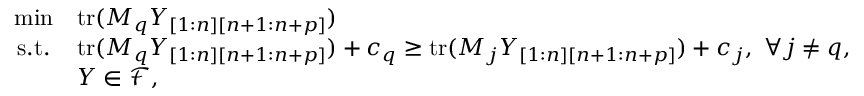
\begin{array} { c l } { \operatorname* { m i n } } & { \mathrm { t r } ( M _ { q } Y _ { [ 1 : n ] [ n + 1 : n + p ] } ) } \\ { \mathrm { s . t . } } & { \mathrm { t r } ( M _ { q } Y _ { [ 1 : n ] [ n + 1 : n + p ] } ) + c _ { q } \ge \mathrm { t r } ( M _ { j } Y _ { [ 1 : n ] [ n + 1 : n + p ] } ) + c _ { j } , ~ \forall j \neq q , } \\ & { Y \in \mathcal { F } , } \end{array}